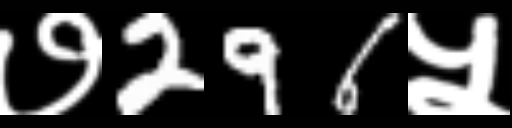
Text: ७296५